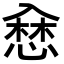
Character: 𢞥